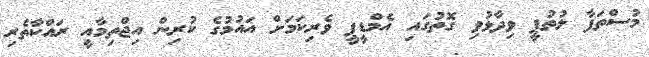
މުސްތަފާ ލުތުފީ ވިދާޅުވި ގޮތުގައި އެމްޑީޕީ ވެރިކަމަށް އައުމުގެ ކުރިން އިޖްތިމާއީ ރައްކާތެރި